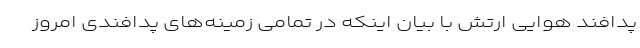
پدافند هوایی ارتش با بیان اینکه در تمامی زمینه‌های پدافندی امروز